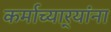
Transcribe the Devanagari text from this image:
कर्माच्यार्‍यांना